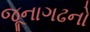
જૂનાગઢનો